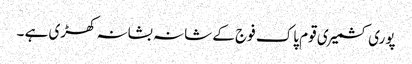
پوری کشمیری قوم پاک فوج کے شانہ بشانہ کھڑی ہے ۔